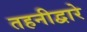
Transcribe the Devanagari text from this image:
तहनीद्वारे